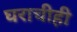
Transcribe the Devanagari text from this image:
घराचीही